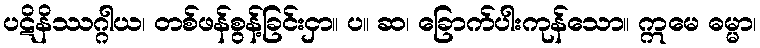
ပဋိနိဿဂ္ဂါယ၊ တစ်ဖန်စွန့်ခြင်းငှာ။ ပ။ ဆ၊ ခြောက်ပါးကုန်သော။ ဣမေ ဓမ္မာ၊